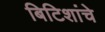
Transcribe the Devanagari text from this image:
बिटिशांचे